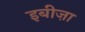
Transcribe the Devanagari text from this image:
इबीज़ा